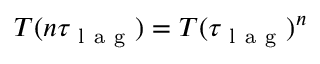
T ( n \tau _ { \mathrm { ~ l ~ a ~ g ~ } } ) = T ( \tau _ { \mathrm { ~ l ~ a ~ g ~ } } ) ^ { n }